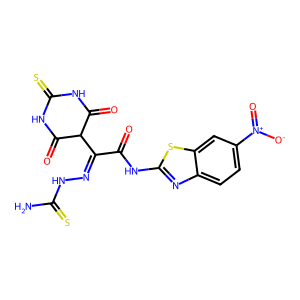
SMILES: NC(=S)NN=C(C(=O)Nc1nc2ccc([N+](=O)[O-])cc2s1)C1C(=O)NC(=S)NC1=O
Inhibits HIV replication: No